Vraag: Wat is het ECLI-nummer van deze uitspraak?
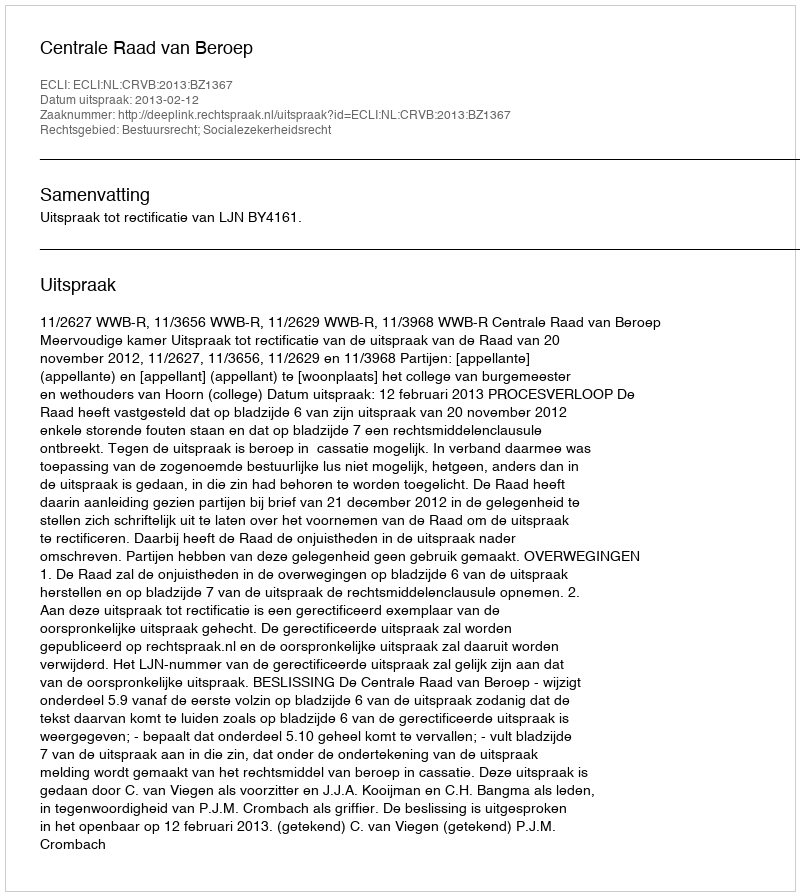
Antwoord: ECLI:NL:CRVB:2013:BZ1367